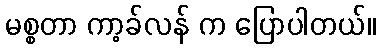
မစ္စတာ ကာ့ခ်လန် က ပြောပါတယ်။